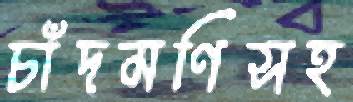
চাঁদমণিসহ